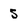
Character: 5